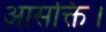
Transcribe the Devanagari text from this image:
आसक्ति।